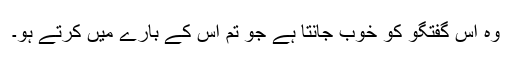
وہ اس گفتگو کو خوب جانتا ہے جو تم اس کے بارے میں کرتے ہو۔